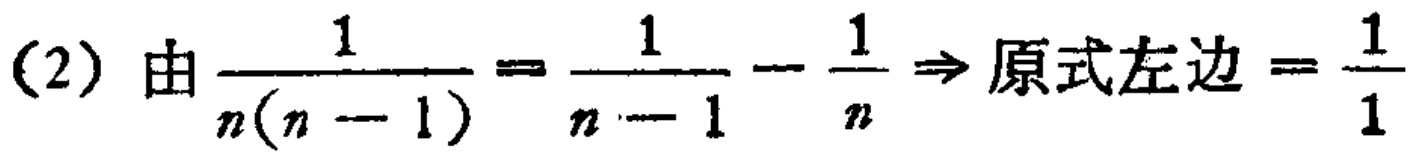
(2) 由$\frac{1}{n(n - 1)} = \frac{1}{n - 1} - \frac{1}{n} \Rightarrow 原式左边 = \frac{1}{1}$